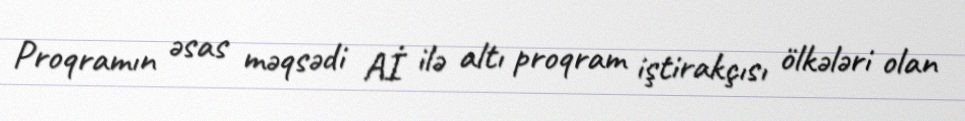
Proqramın əsas məqsədi Aİ ilə altı proqram iştirakçısı ölkələri olan